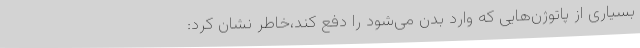
بسیاری از پاتوژن‌هایی که وارد بدن می‌شود را دفع کند،خاطر نشان کرد: